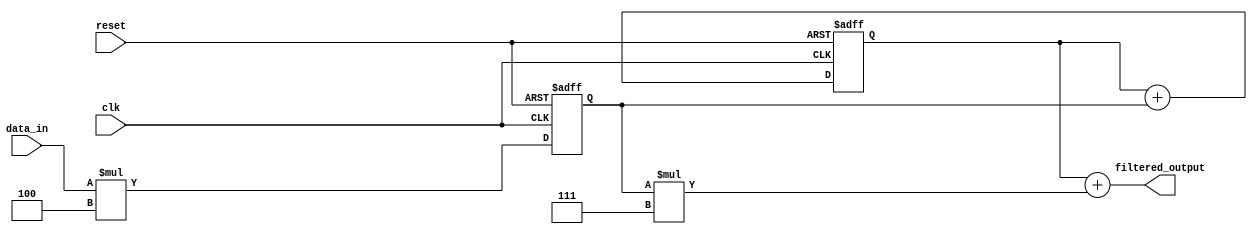
module IIR_filter(
    input wire clk,
    input wire reset,
    input wire [7:0] data_in,
    output wire [7:0] filtered_output
);

reg [7:0] accumulator;
reg [7:0] input_data_reg;

// Coefficients for arithmetic operations
parameter coefficient_a = 4;
parameter coefficient_b = 7;

// Arithmetic block for addition operation
always @(posedge clk or posedge reset) begin
    if (reset) begin
        accumulator <= 0;
    end else begin
        accumulator <= accumulator + input_data_reg;
    end
end

// Arithmetic block for multiplication operation
always @(posedge clk or posedge reset) begin
    if (reset) begin
        input_data_reg <= 0;
    end else begin
        input_data_reg <= data_in * coefficient_a;
    end
end

// Output assignment
assign filtered_output = accumulator + (input_data_reg * coefficient_b);

endmodule